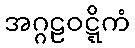
အဂ္ဂဠဝဋ္ဋိကံ